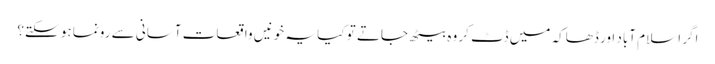
اگر اسلام آباد اور ڈھاکہ میں ڈٹ کر وہ بیٹھ جاتے تو کیا یہ خونیں واقعات آسانی سے رونما ہو سکتے؟